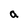
Character: a